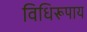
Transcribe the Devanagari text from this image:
विधिरूपाय